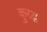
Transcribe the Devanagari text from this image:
कु्रद्ध